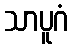
သာပူဂံ